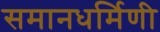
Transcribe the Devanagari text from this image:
समानधर्मिणी